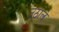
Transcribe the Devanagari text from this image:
उठाले